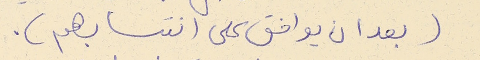
(بعد ان يوافق على انتسابهم).